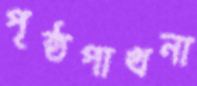
পৃষ্ঠপাখনা